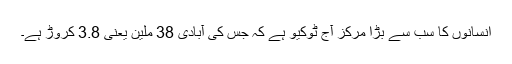
انسانوں کا سب سے بڑا مرکز آج ٹوکیو ہے کہ جس کی آبادی 38 ملین یعنی 3.8 کروڑ ہے۔